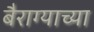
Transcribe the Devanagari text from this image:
बैराग्याच्या